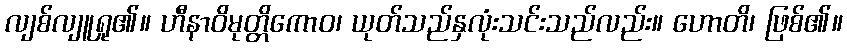
လျစ်လျူရှု၏။ ဟီနာဝိမုတ္တိကောဝ၊ ယုတ်သည်နှလုံးသင်းသည်လည်း။ ဟောတိ၊ ဖြစ်၏။